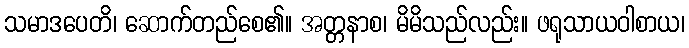
သမာဒပေတိ၊ ဆောက်တည်စေ၏။ အတ္တနာစ၊ မိမိသည်လည်း။ ဖရုသာယဝါစာယ၊